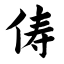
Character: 俦